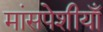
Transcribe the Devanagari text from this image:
मांसपेशीयाँ